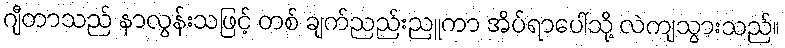
ဂျီတာသည် နာလွန်းသဖြင့် တစ် ချက်ညည်းညူကာ အိပ်ရာပေါ်သို့ လဲကျသွားသည်။